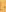
-